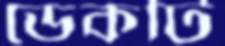
ডেকটি